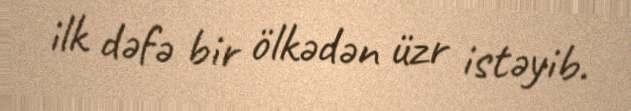
ilk dəfə bir ölkədən üzr istəyib.